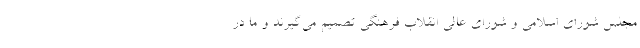
مجلس شورای اسلامی و شورای عالی انقلاب فرهنگی تصمیم می‌گیرند و ما در